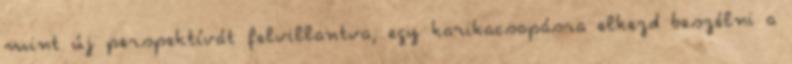
mint új perspektívát felvillantva, egy karikacsapásra elkezd beszélni a